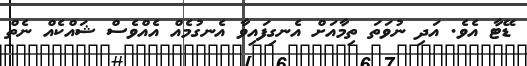
ޑޭޓާ އެވެ. އަދި ނުވަތަ ތިމާއަށް އެނގިފައިވާ އެނގުމެއް އެއްވެސް ޝައްކެއް ނެތް